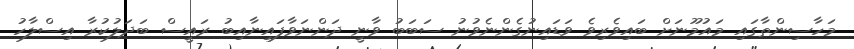
މަހާސިންތާގައި މައުމޫނަށް ބައިވެރިވެ ވަޑައިނުގެންނެވުނު ސަބަބު ވާނީ ދަންނަވާފައިނާއިބު ރައީސް ބަދަލުކުރާ އިސްލާހު